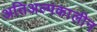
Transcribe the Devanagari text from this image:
अतिअल्पकालीन